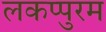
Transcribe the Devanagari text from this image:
लकप्पुरम